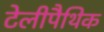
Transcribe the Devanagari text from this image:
टेलीपैथिक